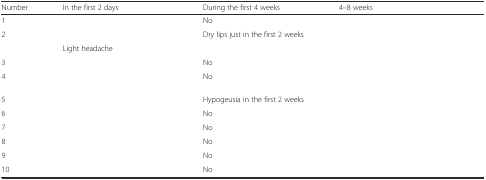
<table><thead><tr><td><b>Number</b></td><td><b>In the first 2 days</b></td><td><b>During the first 4 weeks</b></td><td><b>4–8 weeks</b></td></tr></thead><tbody><tr><td>1</td><td>[EMPTY_CELL]</td><td>No</td><td>[EMPTY_CELL]</td></tr><tr><td rowspan="2">2</td><td>[EMPTY_CELL]</td><td rowspan="2">Dry lips just in the first 2 weeks</td><td rowspan="2">[EMPTY_CELL]</td></tr><tr><td>Light headache</td></tr><tr><td>3</td><td>[EMPTY_CELL]</td><td>No</td><td>[EMPTY_CELL]</td></tr><tr><td>4</td><td>[EMPTY_CELL]</td><td>No</td><td>[EMPTY_CELL]</td></tr><tr><td>5</td><td>[EMPTY_CELL]</td><td>Hypogeusia in the first 2 weeks</td><td>[EMPTY_CELL]</td></tr><tr><td>6</td><td>[EMPTY_CELL]</td><td>No</td><td>[EMPTY_CELL]</td></tr><tr><td>7</td><td>[EMPTY_CELL]</td><td>No</td><td>[EMPTY_CELL]</td></tr><tr><td>8</td><td>[EMPTY_CELL]</td><td>No</td><td>[EMPTY_CELL]</td></tr><tr><td>9</td><td>[EMPTY_CELL]</td><td>No</td><td>[EMPTY_CELL]</td></tr><tr><td>10</td><td>[EMPTY_CELL]</td><td>No</td><td>[EMPTY_CELL]</td></tr></tbody></table>